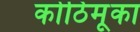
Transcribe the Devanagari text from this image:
कोठिमूका